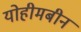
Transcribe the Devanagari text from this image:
योहीमबीन